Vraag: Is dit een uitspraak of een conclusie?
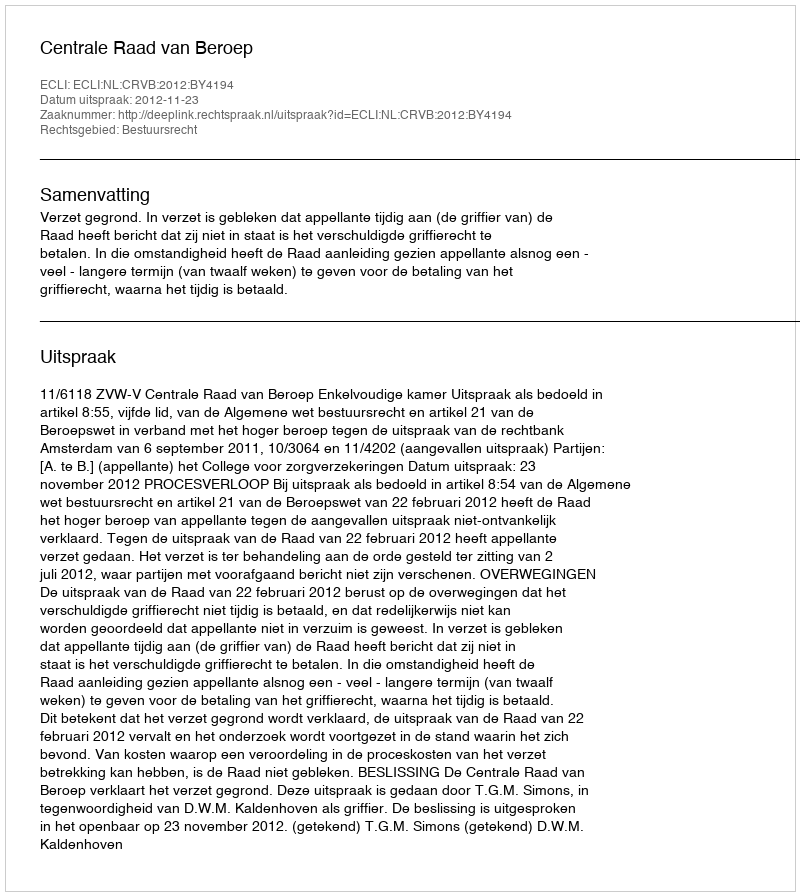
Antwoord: Uitspraak